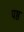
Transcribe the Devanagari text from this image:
पष्ठ